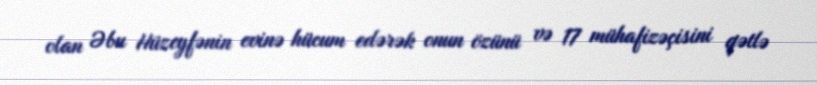
olan Əbu Hüzeyfənin evinə hücum edərək onun özünü və 17 mühafizəçisini qətlə